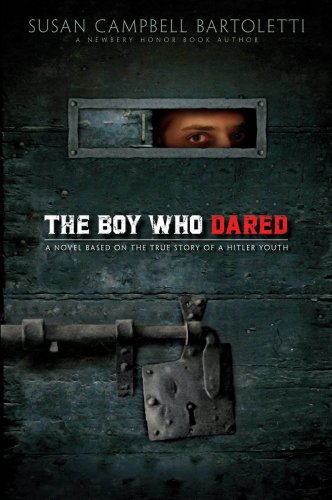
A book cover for The Boy Who Dared; Susan Campbell Bartoletti; Children's Books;